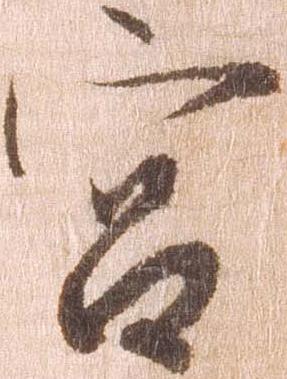
宮